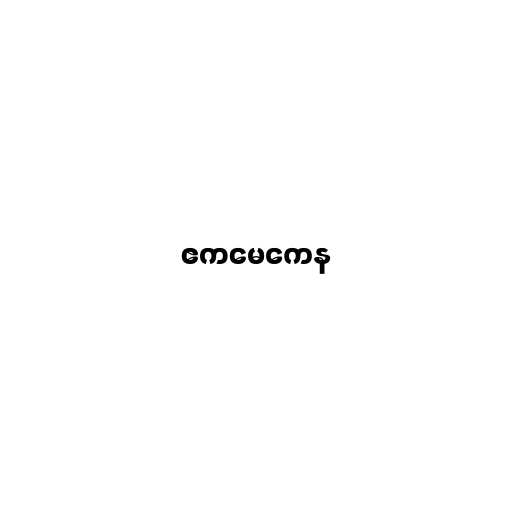
ဧကမေကေန